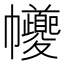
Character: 𢆃